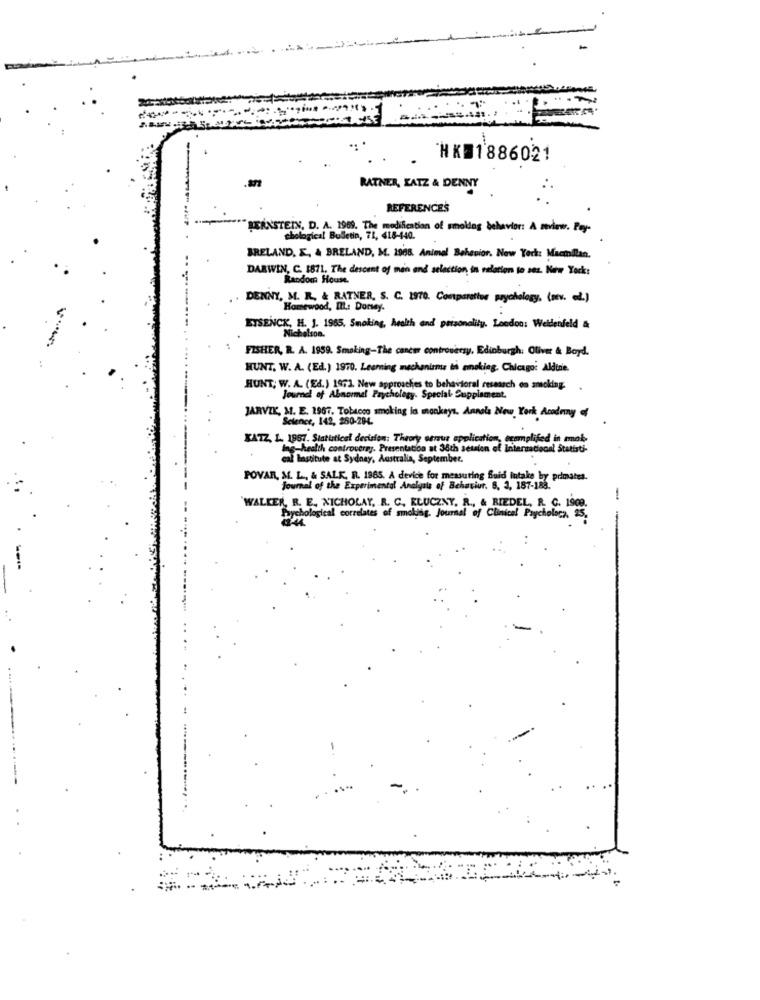
. NKD1886021
RATNER, KATZ & DENNY
REFERENCES
BERNSTEIN, D. A. 1969. The modification of sholing behavior: A medww. Pey-
chological Bulletin, 71, 418-140.
BRELAND, E, & BRELAND, M. 1908. Animal Behavior. New York: Macmilan.
DARWIN, C. 1871. The descent of men and selection, in relation to ses. New York:
Random House.
DENNY, M. R. & RATNER, S. C. 1970. Compostos psychology. (sv. . )
Homewood, IL: Dorsey.
ETSENCK, H. J. 1965, Smoking, health and prisonality. London: Weidenfeld &
Nicholson.
FISHER, R. A. 1959. Smoking-The cancer controversy, Edinburgh: Oliver & Boyd.
HUNT, W. A. (Ed.) 1970. Leeming mechanisms ti amoking. Chicago: Aldine.
HUNT, W. A. (Ed.) 1971 New approaches to behavioral research on smacking.
Journal of Abnormal Psychology. Special Supplement.
JARVIK, M. E. 1967. Tobacon smoking is monkeys. Anno's New York Academy of
Science, 142, 280-294.
KATZ, L. 1967. Statistical decision: Theory ornur application, ecomplifed in mmok
ing-health controversy. Presentation at 36th setsion of International Statisti-
cal lastitute at Sydney, Australia, September.
POVAR, M. L ., & SALK, R. 1865. A device for measuring Buid Intake by primates.
Journal of the Experimental Analysis of Behaviur. 8. 3, 187-188.
-
WALKER, R. E. NICHOLAY, R. C. KLUCZNY. R ., & RIEDEL, R. C. 1909.
Bychological correlates of smoking. Journal of Clinical Psychology, 25,